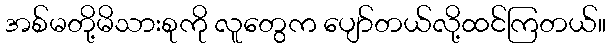
အစ်မတို့မိသားစုကို လူတွေက ပျော်တယ်လို့ထင်ကြတယ်။